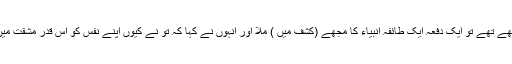
جب مَیں نے چھ ماہ روزے رکھے تھے تو ایک دفعہ ایک طائفہ انبیاء کا مجھے (کشف میں ) ملا اور انہوں نے کہا کہ توُ نے کیوں اپنے نفس کو اس قدر مشقّت میں ڈالا ہواہے، اس سے باہر نکل۔